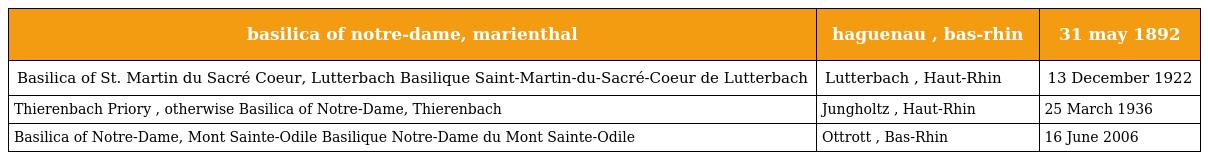
| basilica of notre-dame, marienthal | haguenau , bas-rhin | 31 may 1892 |
 | --- | --- | --- |
 | Basilica of St. Martin du Sacré Coeur, Lutterbach Basilique Saint-Martin-du-Sacré-Coeur de Lutterbach | Lutterbach , Haut-Rhin | 13 December 1922 |
 | Thierenbach Priory , otherwise Basilica of Notre-Dame, Thierenbach | Jungholtz , Haut-Rhin | 25 March 1936 |
 | Basilica of Notre-Dame, Mont Sainte-Odile Basilique Notre-Dame du Mont Sainte-Odile | Ottrott , Bas-Rhin | 16 June 2006 |